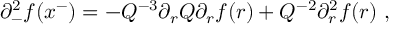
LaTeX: \partial _ { - } ^ { 2 } f ( x ^ { - } ) = - Q ^ { - 3 } \partial _ { r } Q \partial _ { r } f ( r ) + Q ^ { - 2 } \partial _ { r } ^ { 2 } f ( r ) ~ ,